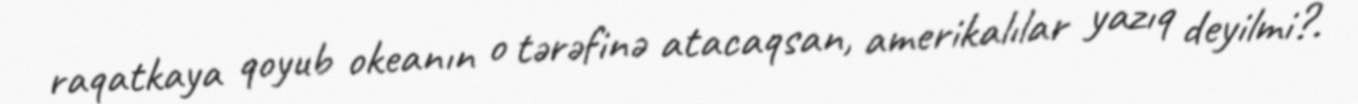
raqatkaya qoyub okeanın o tərəfinə atacaqsan, amerikalılar yazıq deyilmi?.